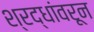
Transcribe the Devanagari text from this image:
श्रद्धांवरून